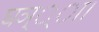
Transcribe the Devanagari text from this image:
घञ््‌ा।